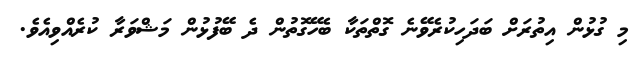
މި ގުޅުން އިތުރަށް ބަދަހިކުރެވޭނެ ގޮތްތަކާ ބެހޭގޮތުން ދެ ބޭފުޅުން މަޝްވަރާ ކުރެއްވިއެވެ.